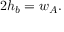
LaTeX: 2 h _ { b } = w _ { A } .